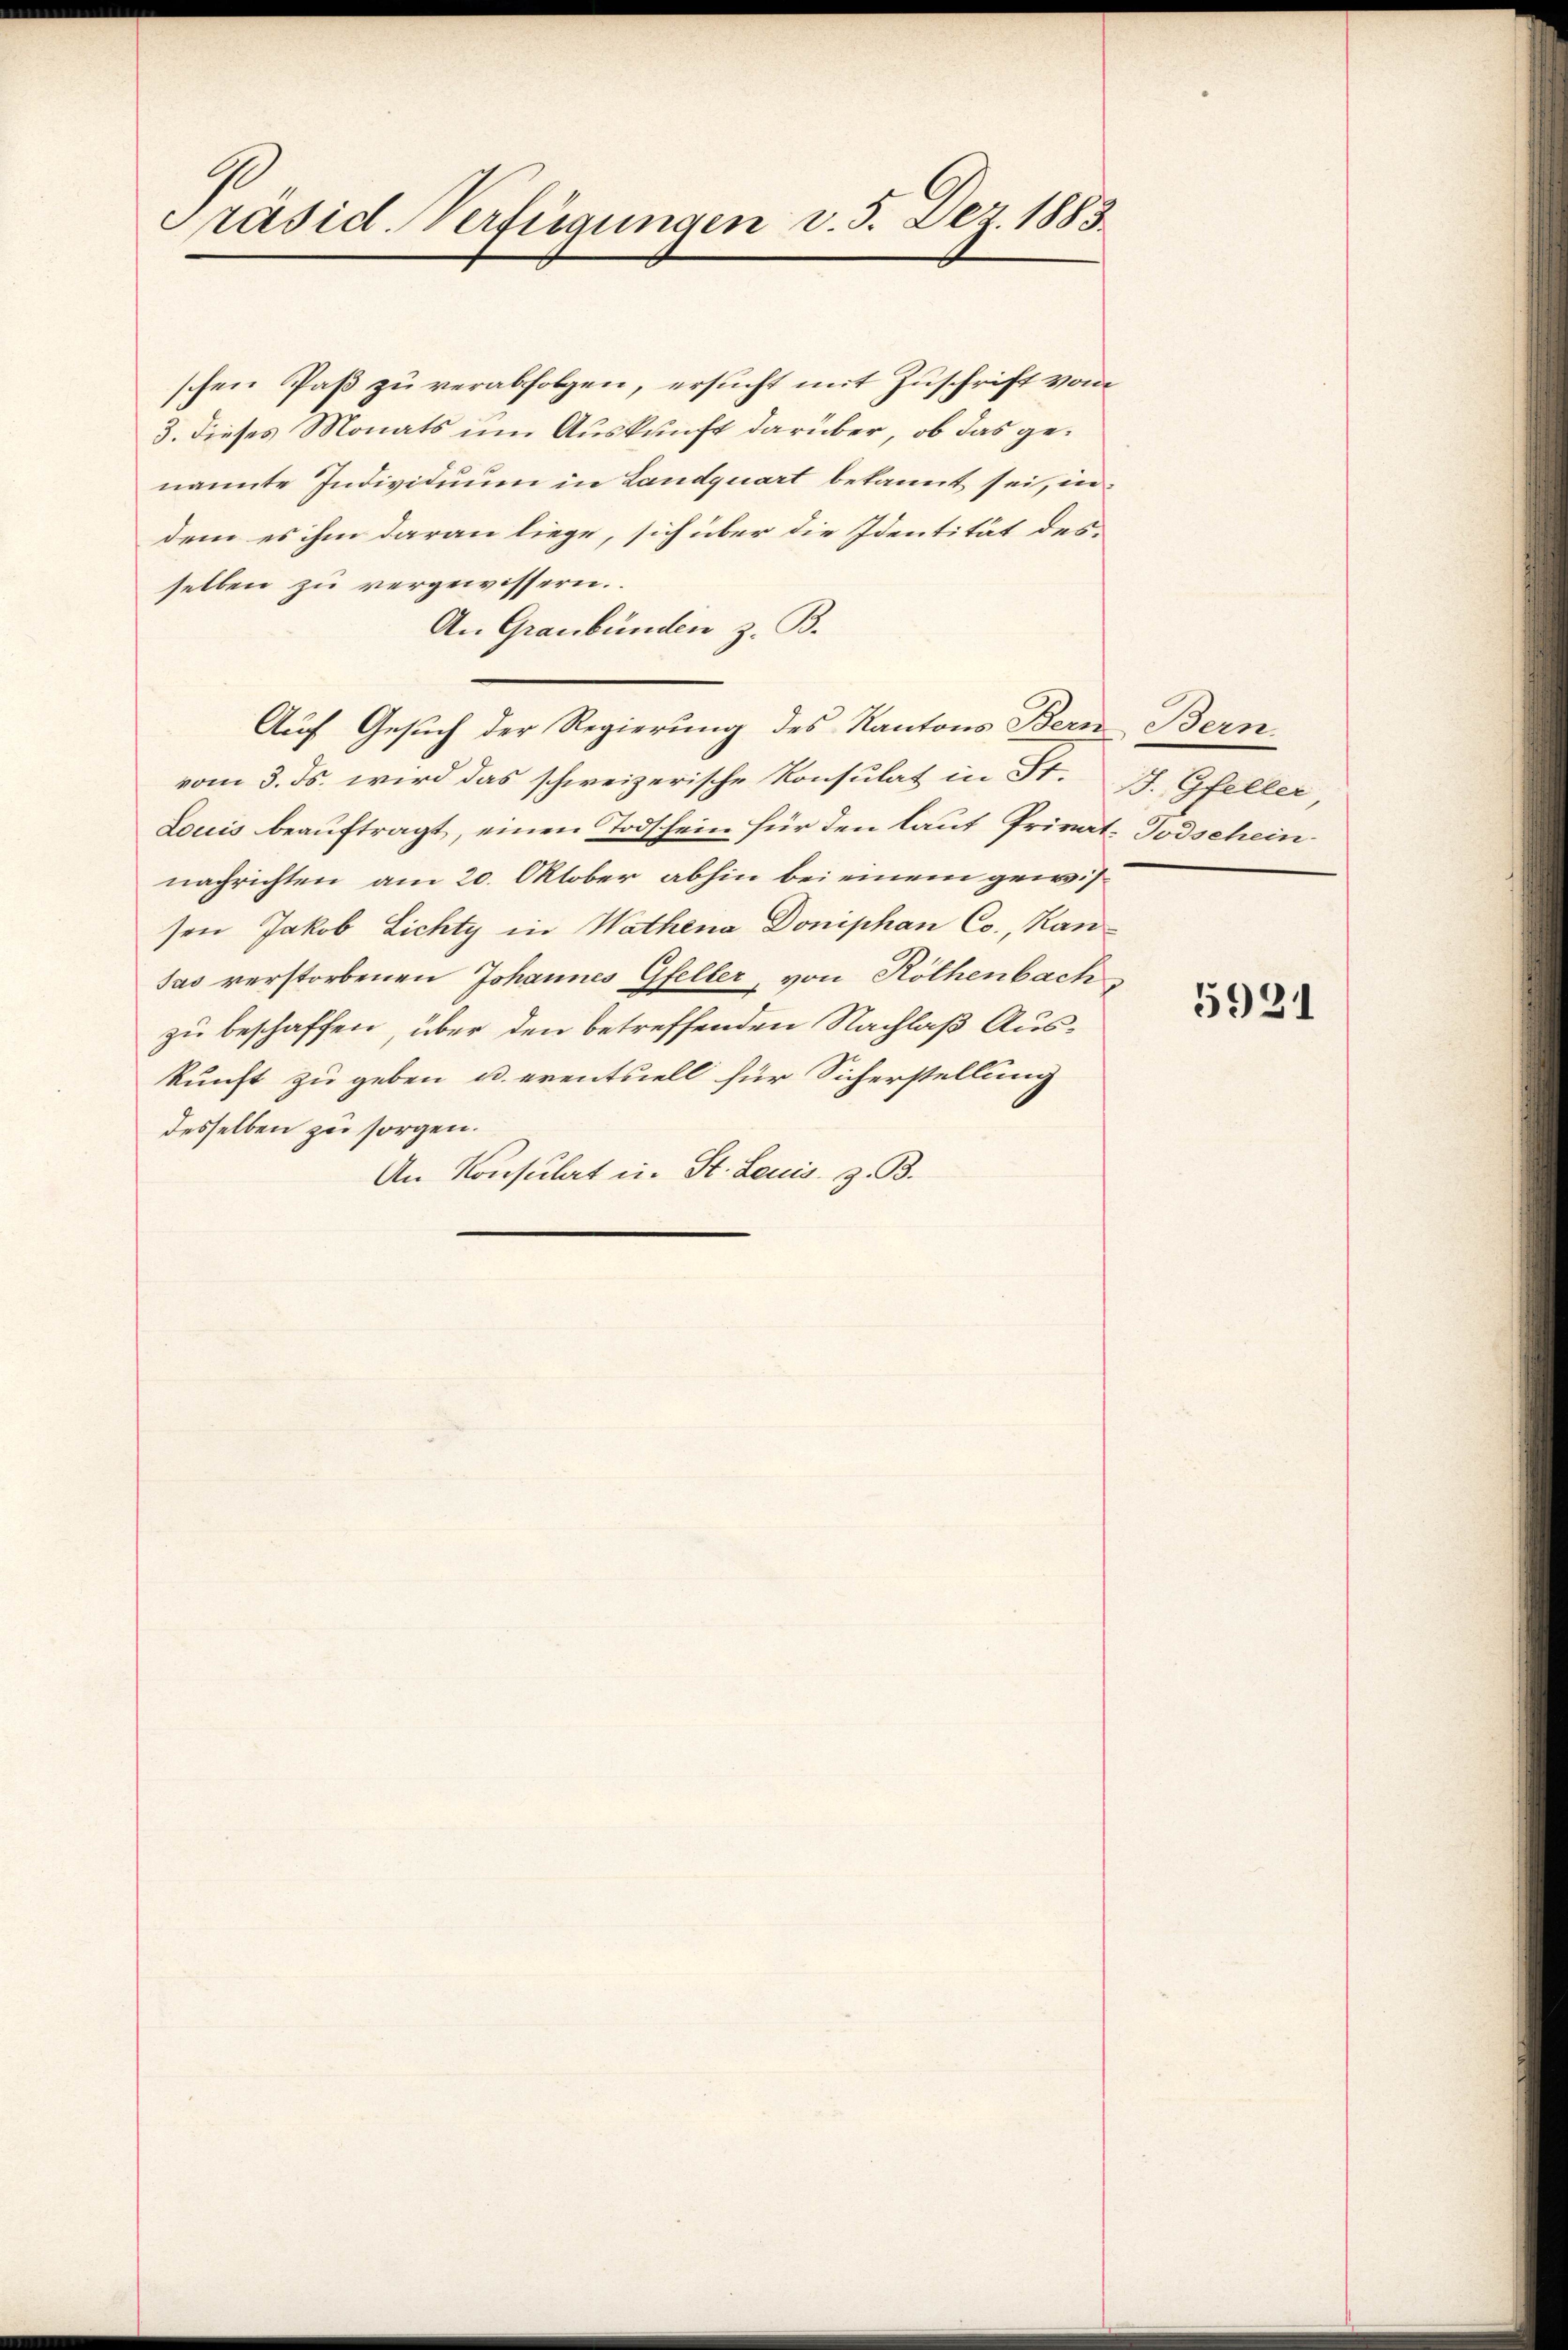
Präsid. Verfügungen v. 5. Dez. 1883.

schen Paß zu verabfolgen, ersucht mit Zuschrift vom
3. dieses Monats um Auskunft darüber, ob das genannte Individuum in Landquart bekannt sei, indem es ihm daran liege, sich über die Identität des
selben zu vergewissern.
An Graubünden z. B.
Auf Gesuch der Regierung des Kantons Bern Bern,
vom 3. ds. wird das schweizerische Konsulat in St. J. Gfeller
Louis beaŭftragt, einen Todschein für den laut Privat-Todschein
nachrichten am 20. Oktober abhin bei einem gewissen Jakob Lichty in Wathena Doniphan Co., Kansas verstorbenen Johannes Gfeller, von Röthenbach
zu beschaffen, über den betreffenden Nachlaß Auskunft zu geben u. eventuell für Sicherstellung
desselben zu sorgen.
An Konsulat in St. Leuis. z. B.

5931